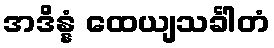
အဒိန္နံ ထေယျသင်္ခါတံ